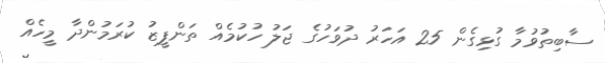
ސާބިތުވުމާ ގުޅިގެން 25 އަހަރު ދުވަހުގެ ޖަލު ހުކުމެއް ތަންފީޒު ކުރަމުންދާ މީހެއް